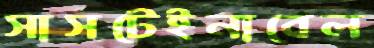
সাসটেইনাবেল